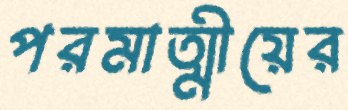
পরমাত্মীয়ের